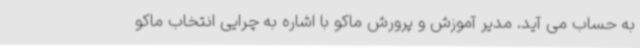
به حساب می آید. مدیر آموزش و پرورش ماکو با اشاره به چرایی انتخاب ماکو